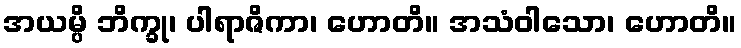
အယမ္ပိ ဘိက္ခု၊ ပါရာဇိကာ၊ ဟောတိ။ အသံဝါသော၊ ဟောတိ။